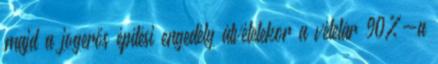
majd a jogerős építési engedély átvételekor a vételár 90%-a